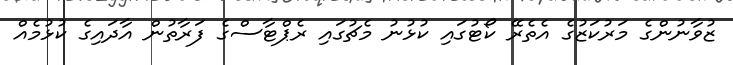
ޒުވާނުންގެ މަރުކަޒުގެ އެތެރޭ ކޯޓުގައި ކުޅުނު މެޗުގައި ރެޕްޓާސްގެ ފަރާތުން އާދައިގެ ކުޅުމެއް